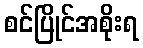
စင်ပြိုင်အစိုးရ